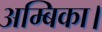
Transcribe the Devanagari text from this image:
अम्बिका।